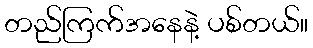
တည်ကြက်အနေနဲ့ ပစ်တယ်။